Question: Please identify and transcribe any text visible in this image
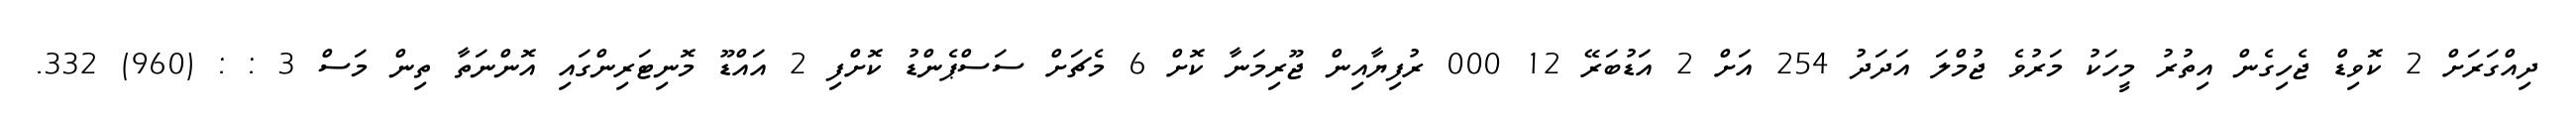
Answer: ދިއްގަރަށް 2 ކޮވިޑް ޖެހިގެން އިތުރު މީހަކު މަރުވެ ޖުމްލަ އަދަދު 254 އަށް 2 އަޑުބަރޭ 12 000 ރުފިޔާއިން ޖޫރިމަނާ ކޮށް 6 މެޗަށް ސަސްޕެންޑު ކޮށްފި 2 އައްޑޫ މޮނިޓަރިންގައި އޮންނަތާ ތިން މަސް 3 : : (960) 332.